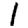
Digit: 1